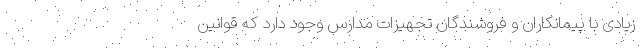
زیادی با پیمانکاران و فروشندگان تجهیزات مدارس وجود دارد که قوانین